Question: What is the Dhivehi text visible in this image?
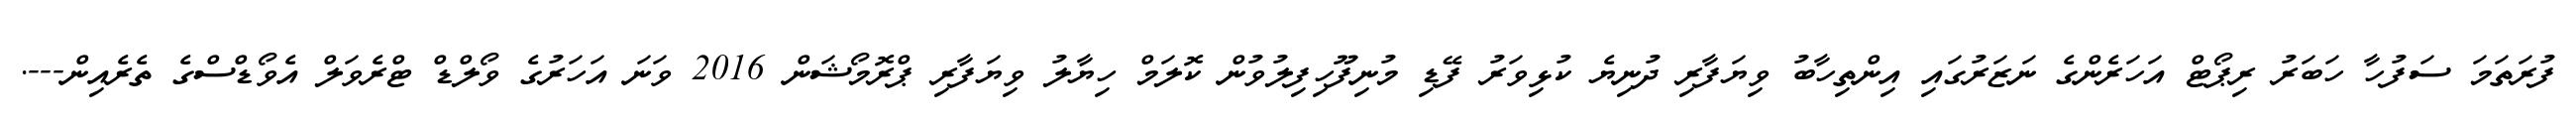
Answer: ފުރަތަމަ ސަފުހާ ހަބަރު ރިޕޯޓް އަހަރެންގެ ނަޒަރުގައި އިންތިހާބު ވިޔަފާރި ދުނިޔެ ކުޅިވަރު ފޭޑި މުނިފޫހިފިލުވުން ކޮލަމް ހިޔާލު ވިޔަފާރި ޕްރޮމޯޝަން 2016 ވަނަ އަހަރުގެ ވޯލްޑް ޓްރެވަލް އެވޯޑްސްގެ ތެރެއިން---.